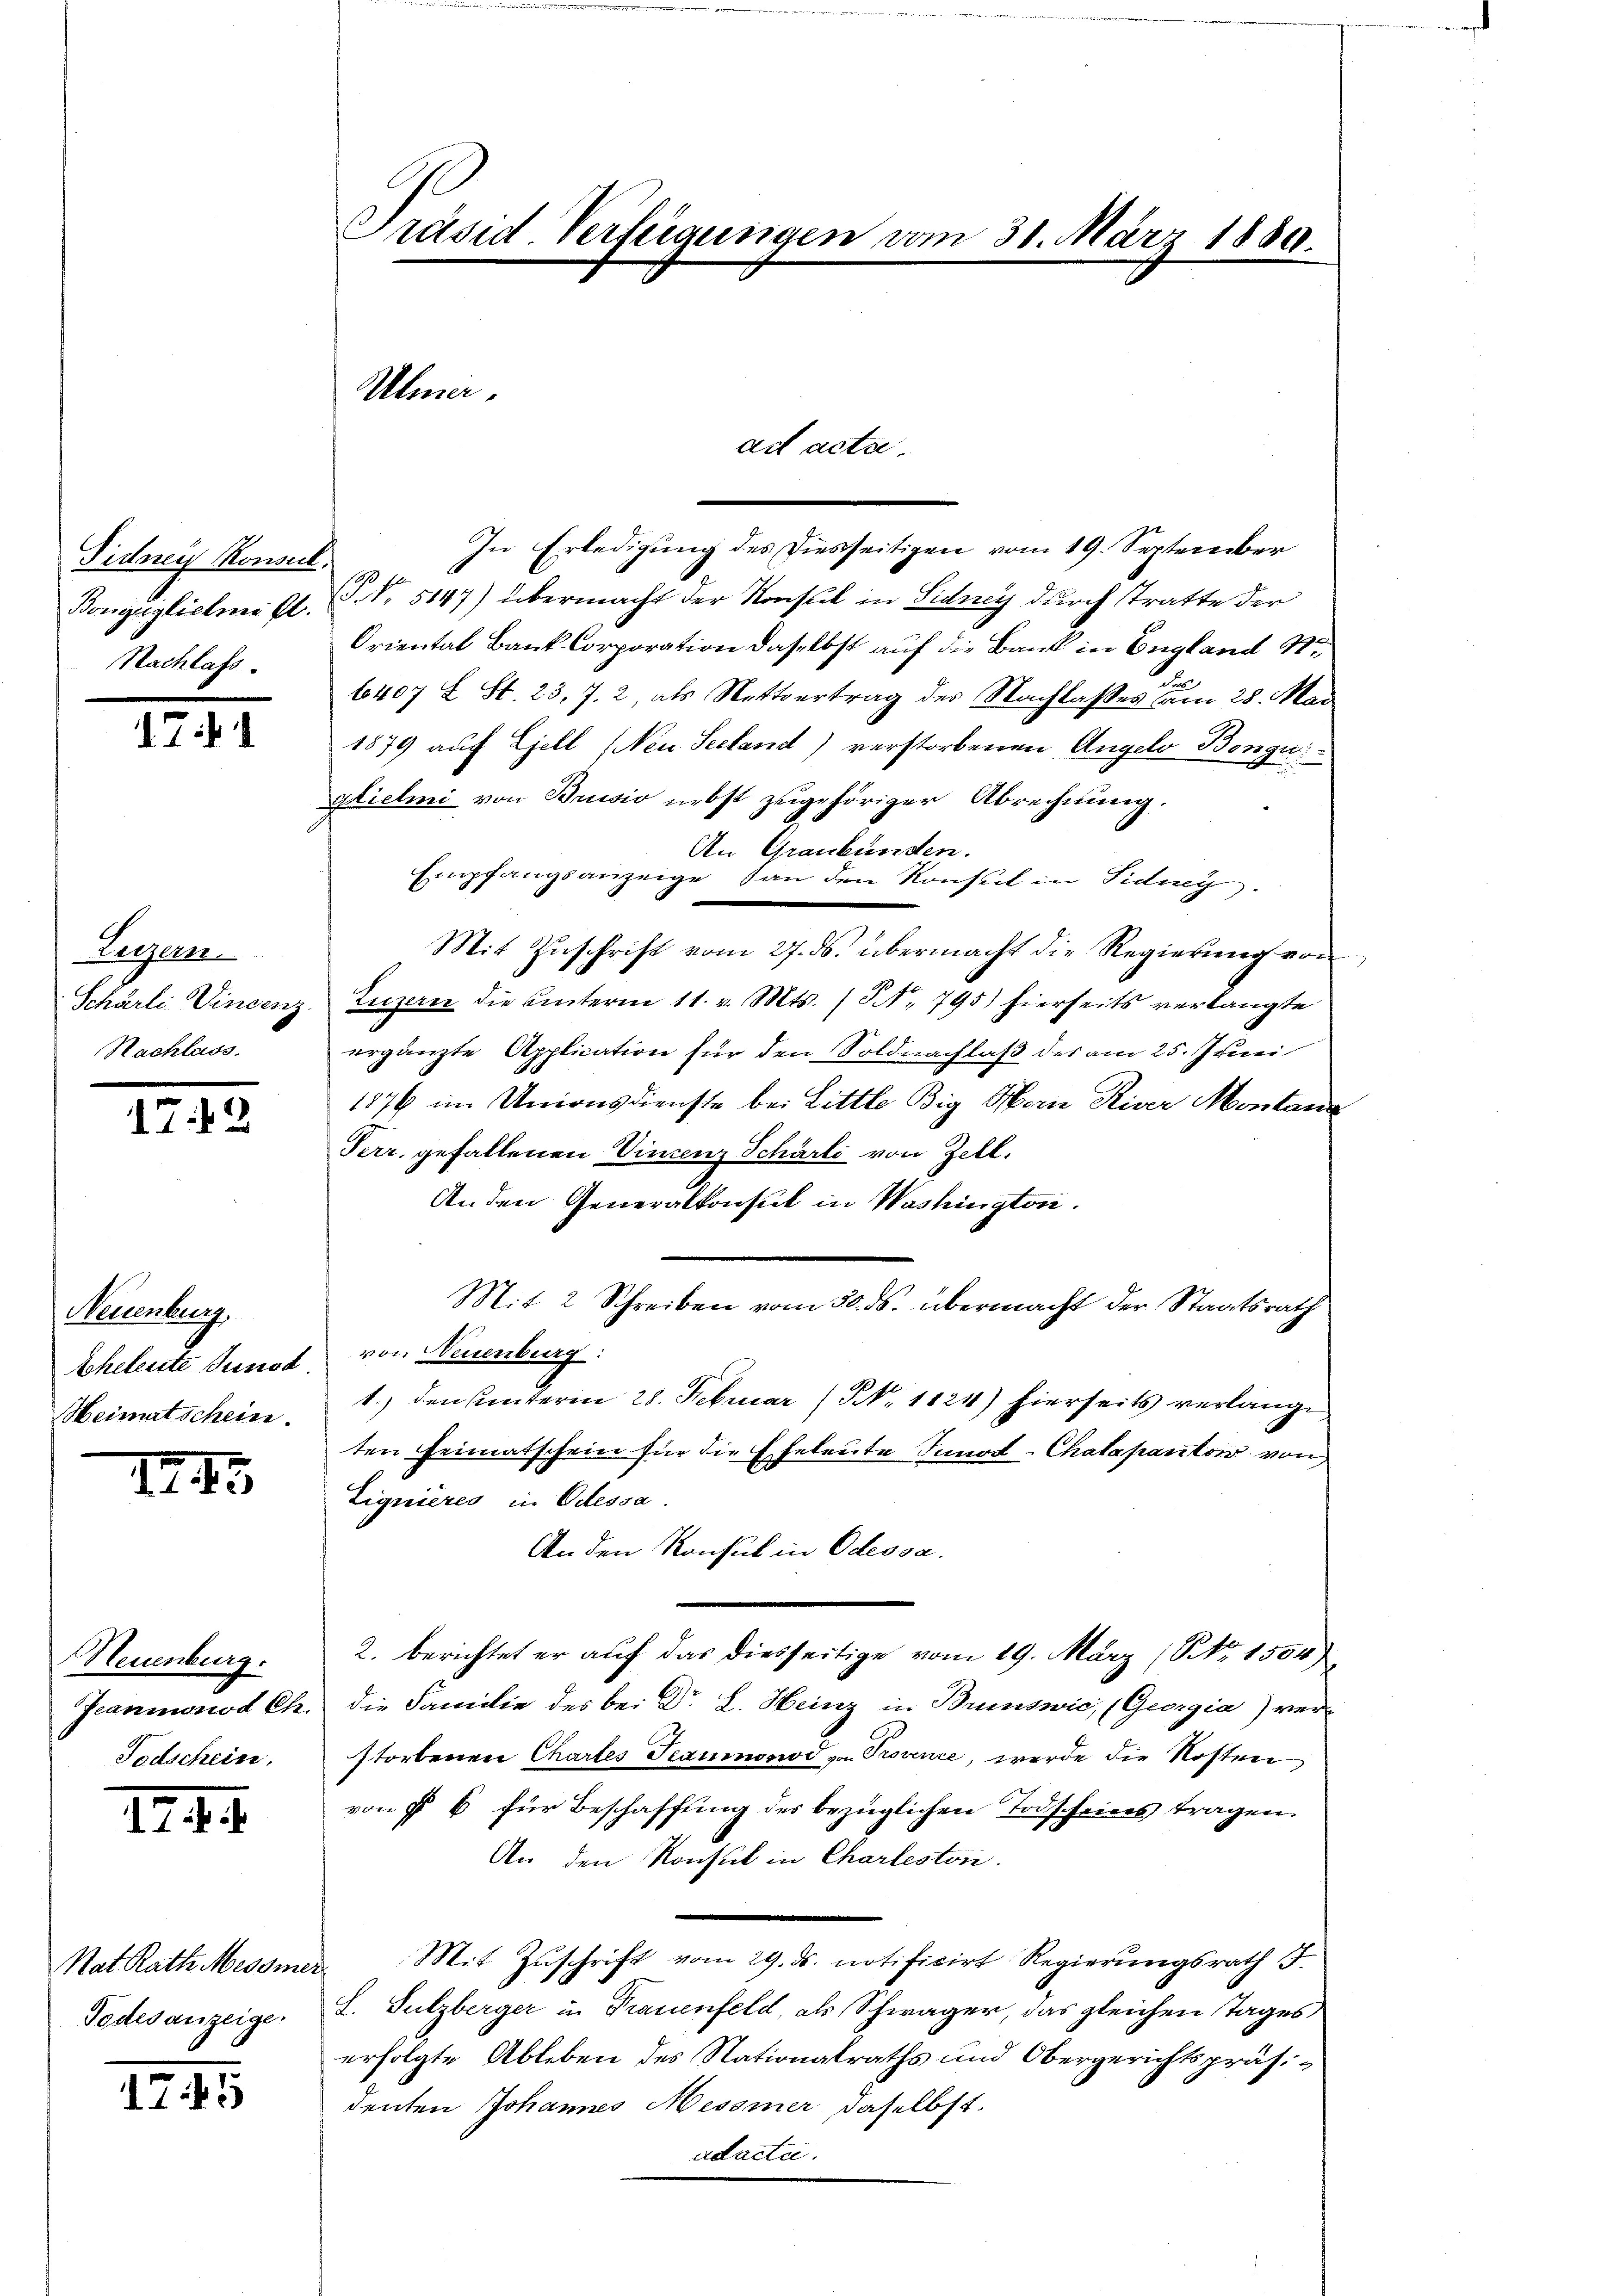
Fidner Konse
Bongeiglichnitt.
Nachlass.

17.4.1

Luzern.
Schärte Vincenz.
Nachlass.

173

Neuenburg.
Eheleute und
Heimatschein.

III

Neuenburg.
Peanionod Ch.
Todschein,

124

Rat. Rath Messner
Todesanzeige.

1745

Präsid. Verfügungen vom 31. März 1889.
Ulmer.

In Erledigung des Diesseitigen vom 19. September
§. No. 5147) übermacht der Konsul in Sidney durch tratte der
Oriental Bank Corporation daselbst auf die Bank in England St
6407 f. St. 23, 7. 2, als Nettvertrag des Nachlasses am 28. Mai
1879 auf Liell (Neu Seeland) verstorbenen Angelo Bongu
glieli von Brusio nebst zugehöriger Abrechnung.
2
bunden.
An Ge
Empfangsanzeige San den Konsul in Fidney.
Mit Zŭschrift vom 27. ds. übermacht die Regierŭng von
Luzern die unterm 11. v. Mts. (N. 795) hierseits verlangte
ergänzte Application für den Soldnachlaß des am 25. Juni
1876 im Unionsdienste bei Little Big Hern River Montana
Perr. gefallenen Vincenz Schärli von Zell.
Anden Generalkonsul in Washington.
Mit 2 Schreiben vom 30. ds. übermacht der Staatsrath
von Neuenburg:
1.) den unterm 28. Februar (NNo. 1124) hierseits verlange,
ten Heimatschein für die Eheleute Innat-Chatapanton von
Lignieres in Odessa
An den Konsul in Odessa.
2. berichtet er auf das diesseitige vom 19. März (NNo. 1354)
die Familie des bei Dr. L. Heinz in Brunswić, (Georgia) verstorbenen Chartes Teaumonod v. Provence, werde die Kosten
von § 6 für Beschaffung des bezüglichen Todscheins tragen.
An den Konsul in Charleston.
Mit Zuschrift vom 29. ds. notificirt Regierungsrath
L. Sulzberger in Frauenfeld, als Schwager, das gleichen Tages
erfolgte Ableben des Nationalraths und Obergerichtspräsidenten Johannes Messner daselbst.
adacta.

ad actae